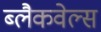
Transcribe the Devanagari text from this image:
ब्‍लैकवेल्‍स